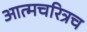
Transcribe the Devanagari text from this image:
आत्मचरित्रच